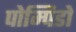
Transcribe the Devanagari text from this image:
पोम्पिडो